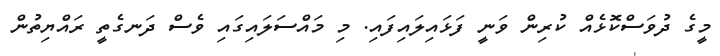
މީގެ ދުވަސްކޮަަަޅެއް ކުރިން ވަނީ ފަަޅައިލައިފައި. މި މައްސަލައިގައި ވެސް ދަނގެތީ ރައްޔިތުން